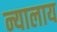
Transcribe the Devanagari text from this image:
न्यालाय